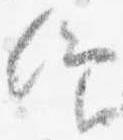
仰